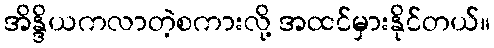
အိန္ဒိယကလာတဲ့စကားလို့ အထင်မှားနိုင်တယ်။